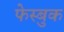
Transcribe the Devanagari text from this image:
फेस्बुक